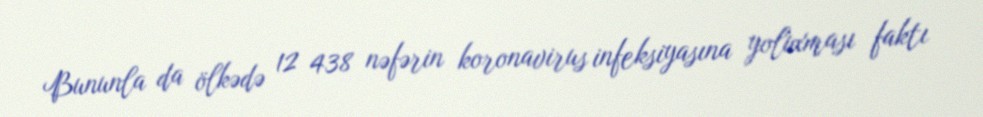
Bununla da ölkədə 12 438 nəfərin koronavirus infeksiyasına yoluxması faktı